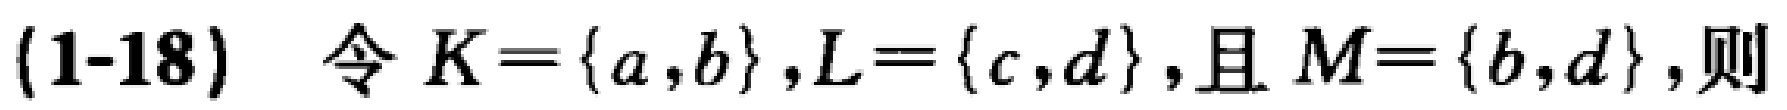
(1-18) 令 \(K = \{a,b\},L = \{c,d\},\)且 \(M = \{b,d\},\)则